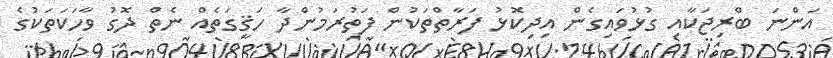
އަންނަ ބްރިޖަކާއި ގުޅުވައިގެން އިދިކޮޅު ފަރާތްތަކުން ފަތުރަމުންދާ ހަޤީގަތެއް ނެތް ދޮގު ވާހަކަތަކުގެ